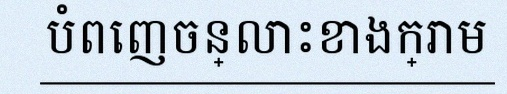
បំពេញចន្លោះខាងក្រោម